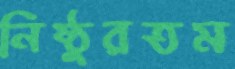
নিষ্ঠুরতম